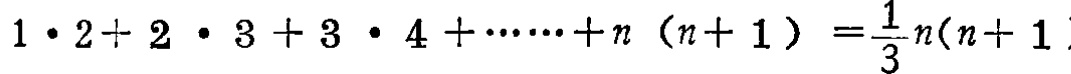
\(1\cdot 2 + 2\cdot 3 + 3\cdot 4 + \cdots + n(n + 1)=\frac{1}{3}n(n + 1)\)